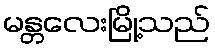
မန္တလေးမြို့သည်